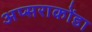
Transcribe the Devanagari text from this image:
अप्सराकोंडा